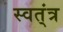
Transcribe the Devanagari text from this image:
स्वत्ंत्र